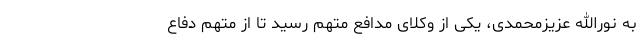
به نورالله عزیزمحمدی، یکی از وکلای مدافع متهم رسید تا از متهم دفاع